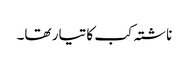
ناشتہ کب کا تیار تھا۔